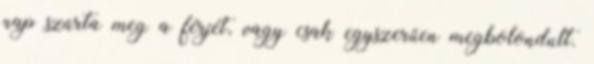
nap szúrta meg a férjét, vagy csak egyszerűen megbolondult.